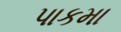
પાકમા